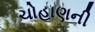
ચોહાણની